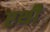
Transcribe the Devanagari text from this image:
एथी